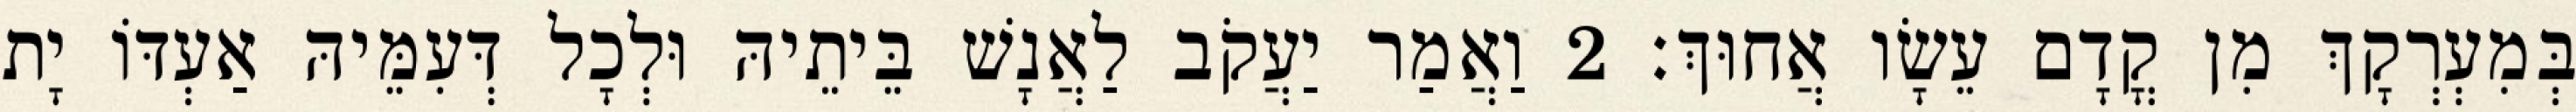
בְּמִעְרְקָךְ מִן קֳדָם עֵשָׂו אֲחוּךְ׃ 2 וַאֲמַר יַעֲקֹב לַאֲנָשׁ בֵּיתֵיהּ וּלְכָל דְּעִמֵּיהּ אַעְדּוֹ יָת